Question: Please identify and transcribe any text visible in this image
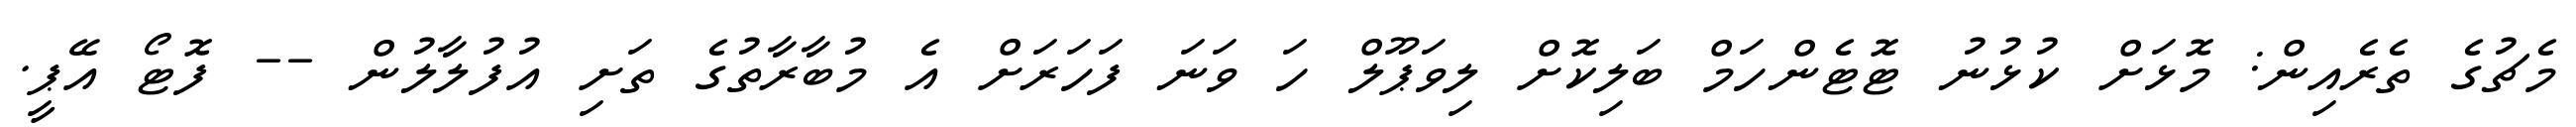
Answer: މެޗުގެ ތެރެއިން: މޮޅަށް ކުޅުނު ޓޮޓެންހަމް ބަލިކޮށް ލިވަޕޫލް ހަ ވަނަ ފަހަރަށް އެ މުބާރާތުގެ ތަށި އުފުލާލުން -- ފޮޓޯ އޭޕީ.